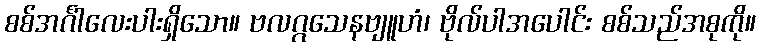
စစ်အင်္ဂါလေးပါးရှိသော။ ဗလဂ္ဂသေနဗျူဟံ၊ ဗိုလ်ပါအပေါင်း စစ်သည်အစုကို။